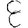
Digit: 8